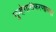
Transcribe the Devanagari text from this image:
गुन्हेगारीकरणाच्या